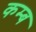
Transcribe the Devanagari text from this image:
कम्ब